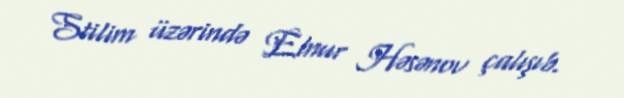
Stilim üzərində Elnur Həsənov çalışıb.